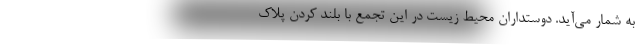
به شمار می‌آید. دوستداران محیط زیست در این تجمع با بلند کردن پلاک